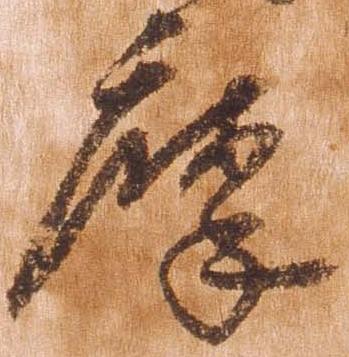
摩